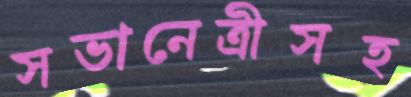
সভানেত্রীসহ